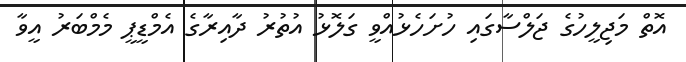
އޮތް މަޖިލީހުގެ ޖަލްސާގައި ހުށަހެޅުއްވީ ގަލޮޅު އުތުރު ދާއިރާގެ އެމްޑީޕީ މެމްބަރު އީވާ